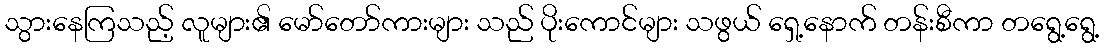
သွားနေကြသည့် လူများ၏ မော်တော်ကားများ သည် ပိုးကောင်များ သဖွယ် ရှေ့နောက် တန်းစီကာ တရွေ့ရွေ့